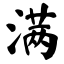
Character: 满